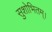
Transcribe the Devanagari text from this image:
सुशोभितम्।